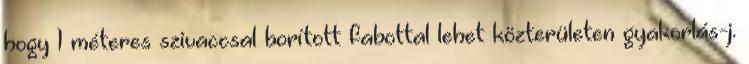
hogy 1 méteres szivaccsal borított fabottal lehet közterületen gyakorlás-j.